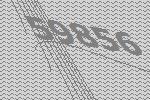
59856